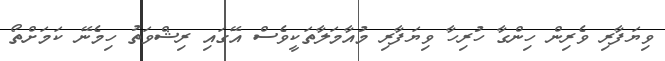
ވިޔަފާރި ވެރިން ހިންގާ ހުރިހާ ވިޔަފާރި މުއާމަލާތަކީވެސް އޭގައި ރިޝްވަތު ހިމެނޭ ކަމަށްތޯ